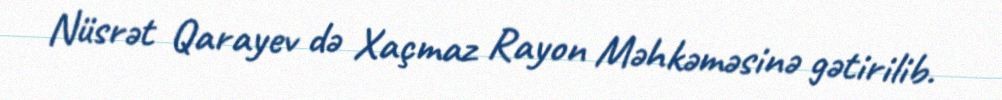
Nüsrət Qarayev də Xaçmaz Rayon Məhkəməsinə gətirilib.